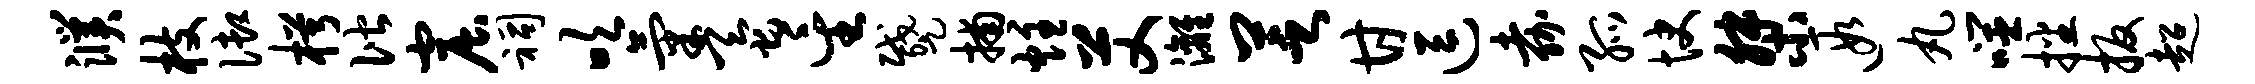
濮枝御枵偕窟祠吹气蚕星蹙捕炷艾漓芝甘逗嘉孤快桀遐丸噬播扳超